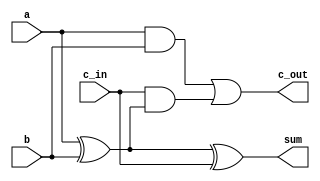
module full_adder (
    a,
    b,
    c_in,
    sum,
    c_out
);

  input a;
  input b;
  input c_in;
  output sum;
  output c_out;

  assign sum = a ^ b ^ c_in;
  assign c_out = (a & b) | (c_in & (a ^ b));

  //assign {c_out, sum} = a + b + c_in;

endmodule